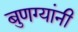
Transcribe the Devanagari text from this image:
बुणग्यांनी